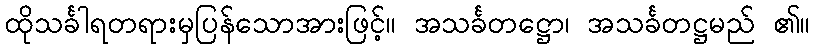
ထိုသင်္ခါရတရားမှပြန်သောအားဖြင့်။ အသင်္ခတဋ္ဌော၊ အသင်္ခတဋ္ဌမည် ၏။